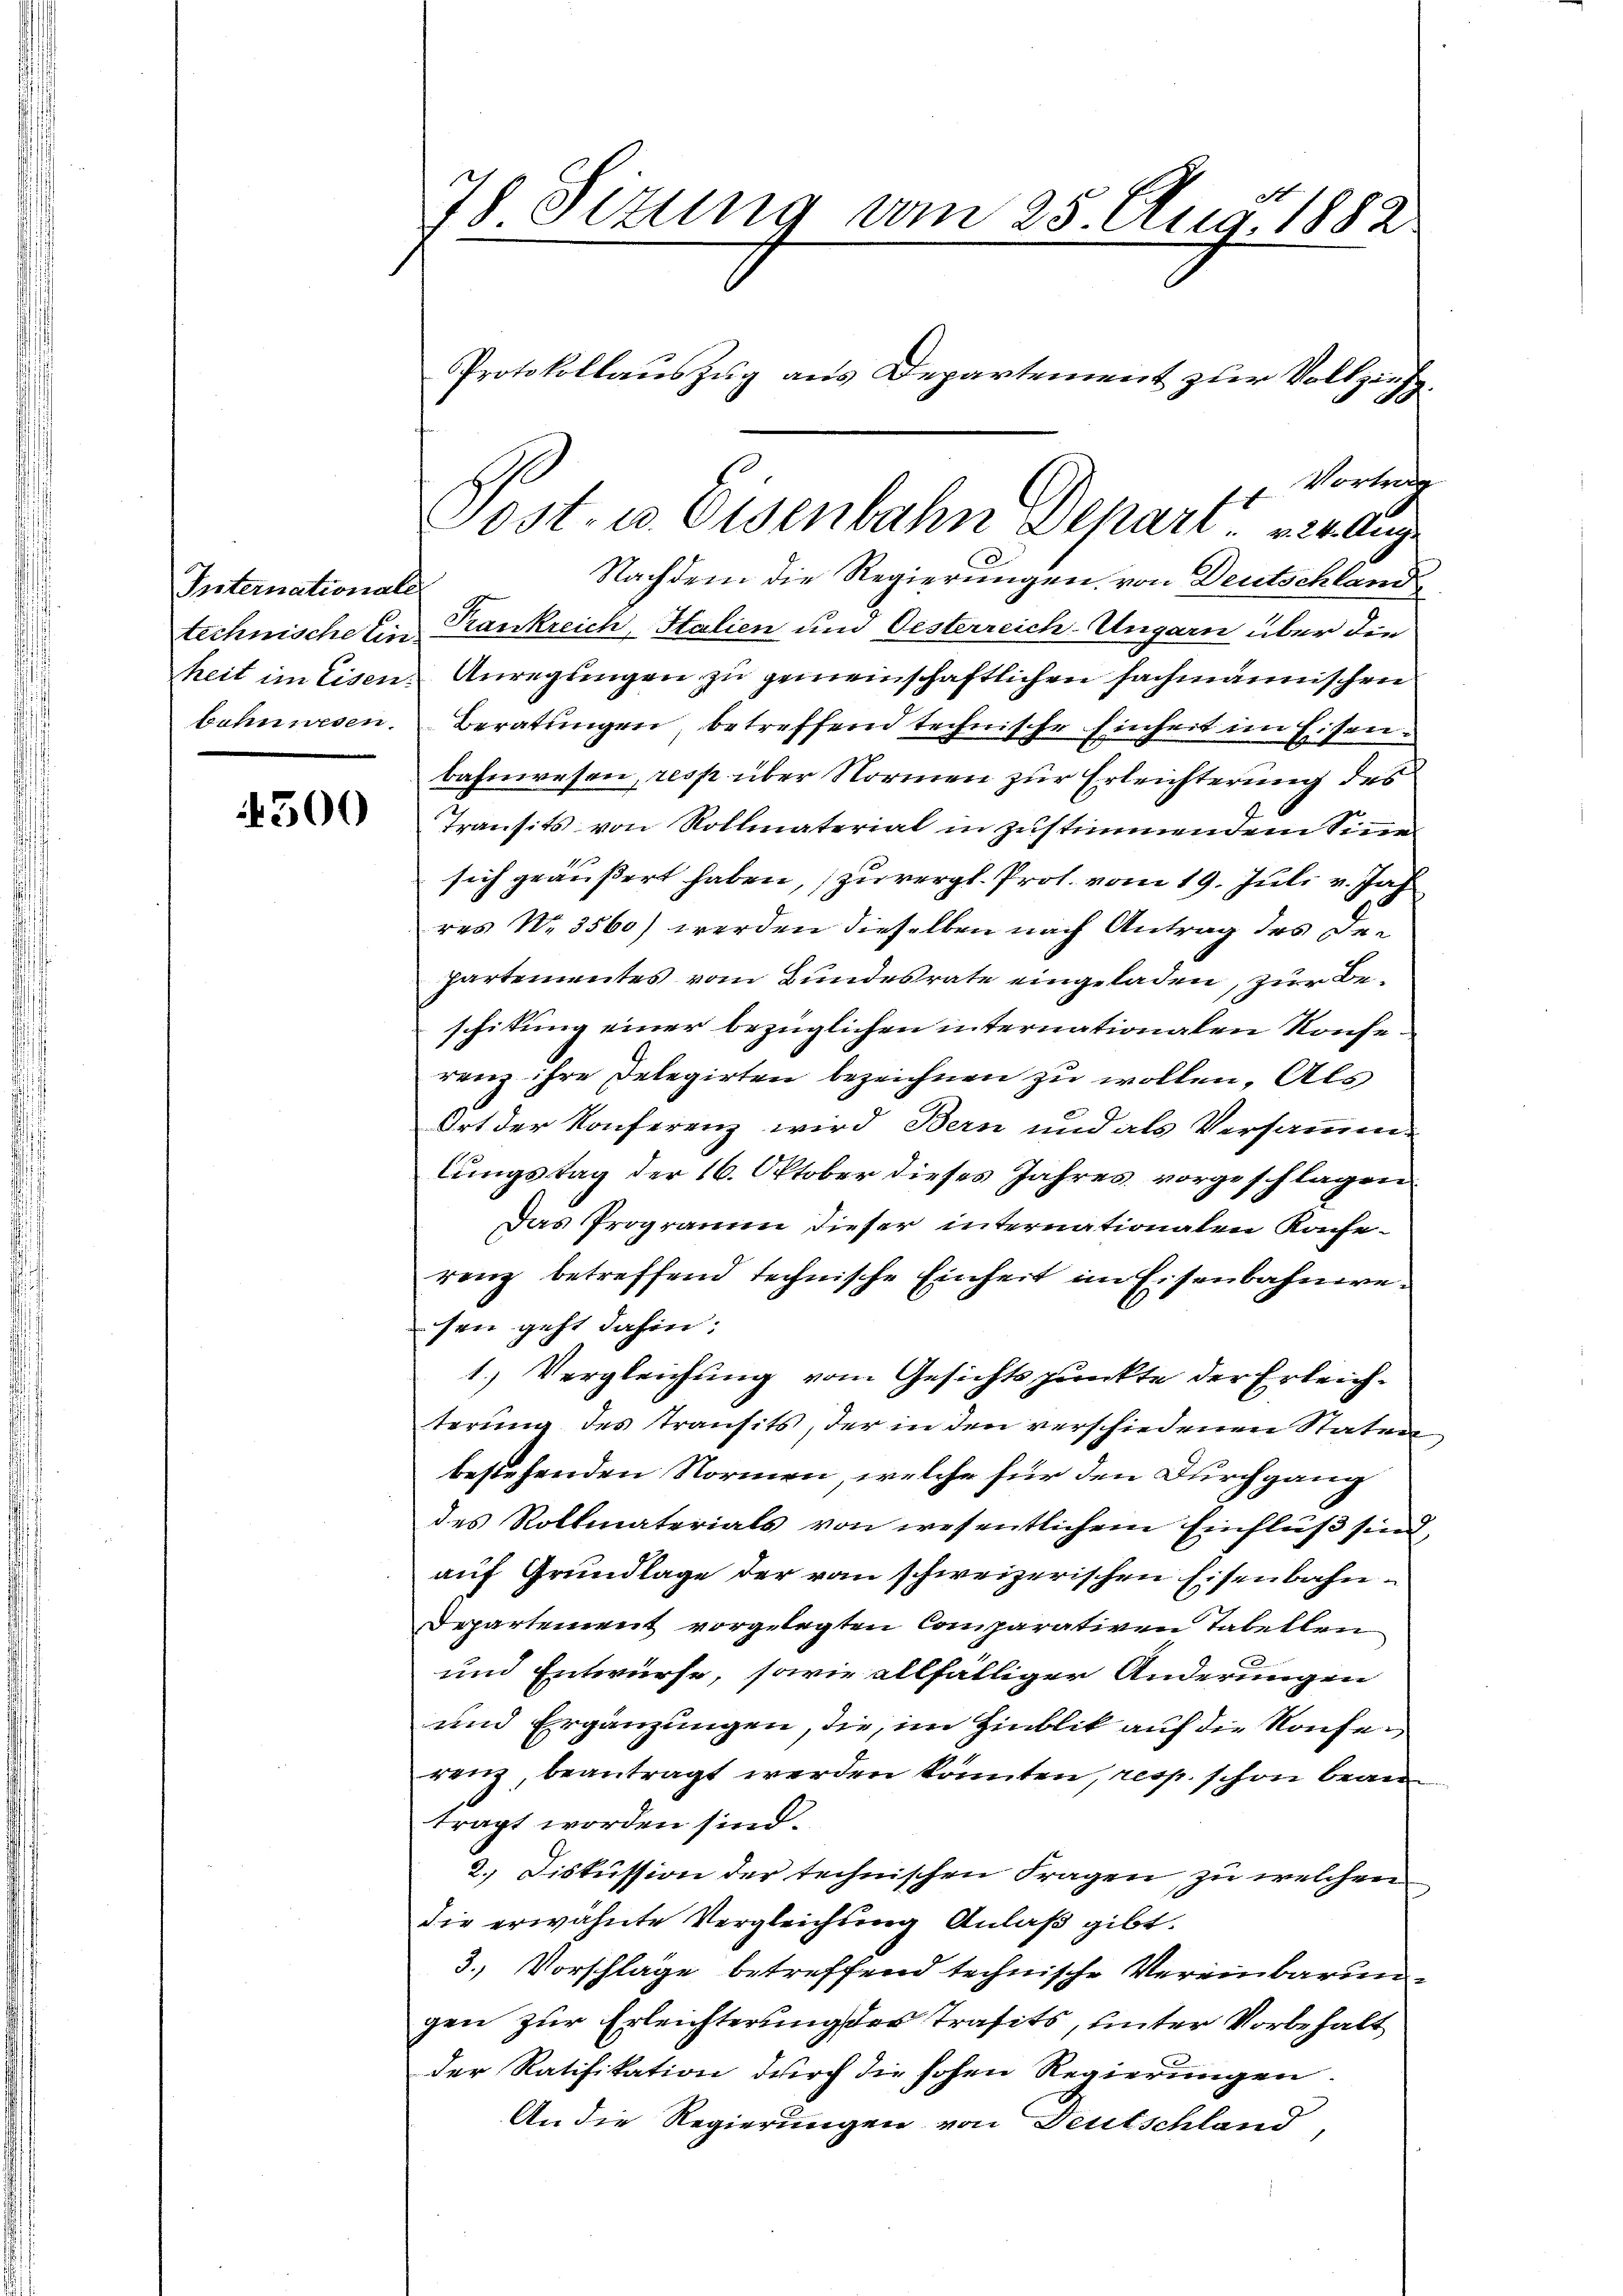
Internationale

4300

78 Sitzung vom 25. Aug. 1882.
Protokollauszug aus Departement zur Vollzieh¬

Vortrag
Nachdem die Regierungen von Deutschland
technische Ein Krankreich, Halien und Oesterreich-Ungarn über die
heit im Eisen. Anregungen zu gemeinschaftlichen fachmännischen
bahnwesen. Beratungen, betreffend technische Einheit im Eisenbahnwesen, resp. über Normen zur Erleichterung des
Transits von Rollmaterial in zustimmendem Sinne
sich geäußert haben, zu vergl. Prot. vom 19. Juli v. Jah
res No. 3560) werden dieselben nach Antrag des Departementes vom Bundesrate eingeladen, zur Beschikung einer bezüglichen internationalen Konserenz ihre Delegirten bezeichnen zu wollen. Als
Ort der Konferenz wird Bern und als Versammenlungstag der 16. Oktober dieses Jahres vorgeschlagen.
Das Programm dieser internationalen Rache
renz betreffend technische Einheit im Eisenbahneresen geht dahin:
1.) Vergleichung vom Gesichtspunkte der Erleichterung des Transits, der in den verschiedenen Staten,
bestehenden Normen, welche für den Durchgang
des Roltmaterials von wesentlichem Einfluß sind,
auf Grundlage der von schweizerischen Eisenbahn¬
Departement vorgelegten Comparativen Tabellen
und Entwürfe, sowie allfälliger Änderungen
und Ergänzungen, die, im Hinblik auf die Konferenz, beantragt werden könnten, resp. schon beantragt worden sind.
2.) Diskussion der technischen Fragen, zu welchen
die erwähnte Vergleichung Anlaß gibt.
3.) Vorschläge betreffend technische Vereinbarungen zur Erleichterung des Trafits, unter Vorbehalt
der Ratifikation durch die hohen Regierungen.
An die Regierungen von Deutschland,

Post- u. Eisenbahn Depart. 24. Auge